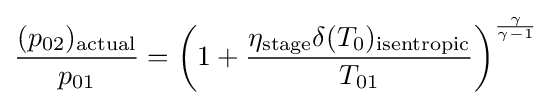
{\frac {(p_{02})_{\text{actual}}}{p_{01}}}=\left(1+{\frac {\eta _{\text{stage}}\delta (T_{0})_{\text{isentropic}}}{T_{01}}}\right)^{\frac {\gamma }{\gamma -1}}